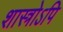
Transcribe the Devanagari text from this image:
शास्त्रोऽपि